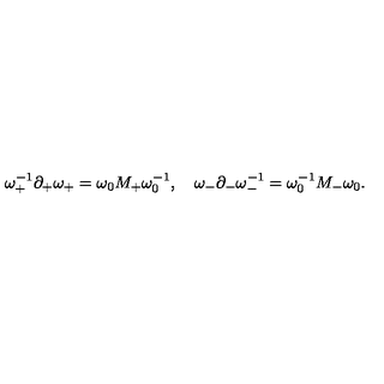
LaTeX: \omega _ { + } ^ { - 1 } \partial _ { + } \omega _ { + } = \omega _ { 0 } M _ { + } \omega _ { 0 } ^ { - 1 } , \quad \omega _ { - } \partial _ { - } \omega _ { - } ^ { - 1 } = \omega _ { 0 } ^ { - 1 } M _ { - } \omega _ { 0 } .